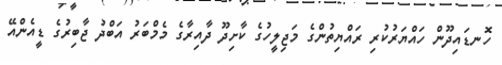
ހޮނޑައިދޫން ހައްޔަރުކުރި ރައްޔިތުންގެ މަޖިލީހުގެ ކާށިދޫ ދާއިރާގެ މެމްބަރު އަބްދު ޖާބިރުގެ ޑީއެންއޭ